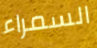
السمراء